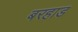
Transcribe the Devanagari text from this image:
बरहाड